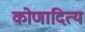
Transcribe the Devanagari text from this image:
कोणादित्य